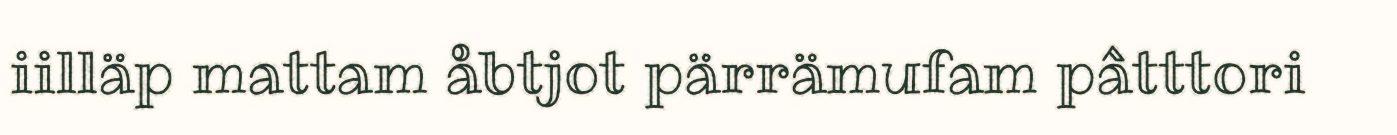
iilläp mattam åbtjot pärrämufam pâtttori